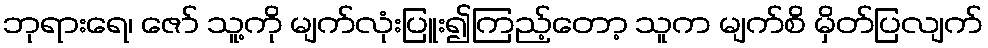
ဘုရားရေ၊ ဇော် သူ့ကို မျက်လုံးပြူး၍ကြည့်တော့ သူက မျက်စိ မှိတ်ပြလျက်